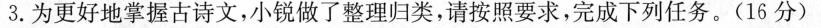
3.为更好地掌握古诗文，小锐做了整理归类，请按照要求，完成下列任务。(16分)